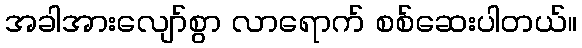
အခါအားလျော်စွာ လာရောက် စစ်ဆေးပါတယ်။